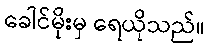
ခေါင်မိုးမှ ရေယိုသည်။